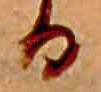
る